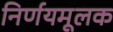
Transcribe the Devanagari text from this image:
निर्णयमूलक